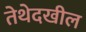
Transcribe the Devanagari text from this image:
तेथेदखील